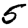
Digit: 5